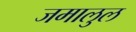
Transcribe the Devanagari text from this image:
जमालुल